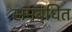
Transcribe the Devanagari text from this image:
समबंधित